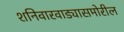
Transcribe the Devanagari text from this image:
शनिवारवाड्यासमोरील